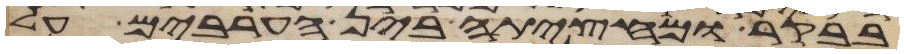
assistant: בבקר ומחציתה בין הערבים על